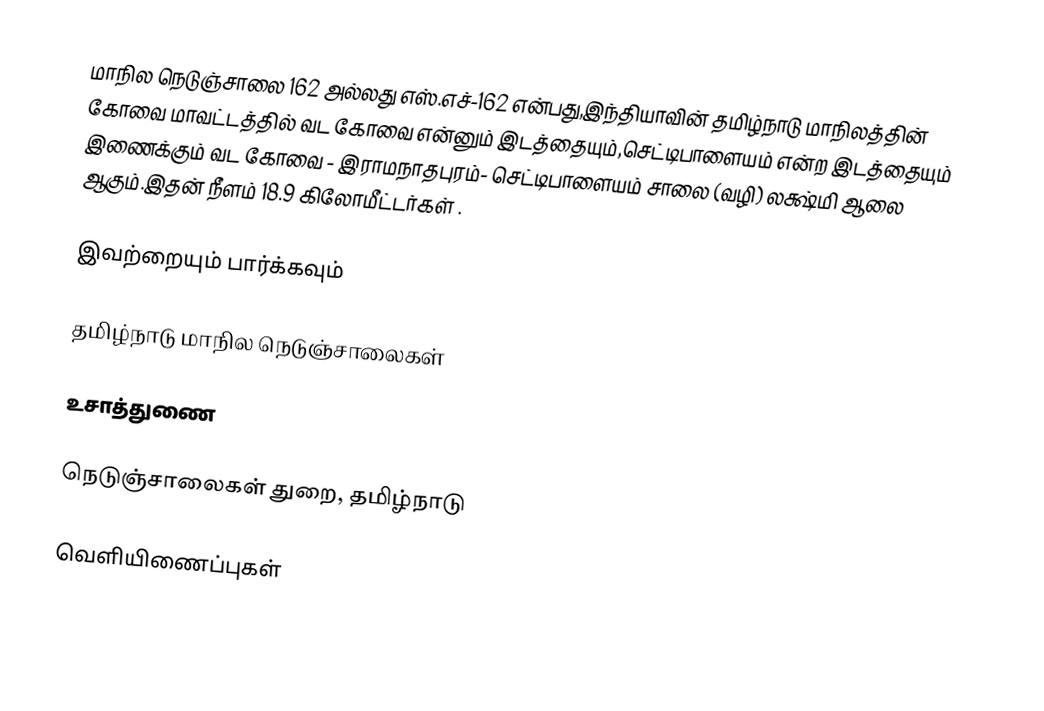
மாநில நெடுஞ்சாலை 162 அல்லது எஸ்.எச்-162  என்பது,இந்தியாவின் தமிழ்நாடு மாநிலத்தின்  கோவை மாவட்டத்தில்  வட கோவை  என்னும் இடத்தையும்,செட்டிபாளையம்  என்ற இடத்தையும் இணைக்கும் வட கோவை - இராமநாதபுரம்- செட்டிபாளையம் சாலை (வழி) லக்ஷ்மி ஆலை ஆகும்.இதன் நீளம் 18.9  கிலோமீட்டர்கள் .

இவற்றையும் பார்க்கவும்

 தமிழ்நாடு மாநில நெடுஞ்சாலைகள்

உசாத்துணை

 நெடுஞ்சாலைகள் துறை, தமிழ்நாடு

வெளியிணைப்புகள்